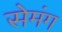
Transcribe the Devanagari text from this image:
सेमंग